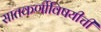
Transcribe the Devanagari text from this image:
सातकर्णीविषयीची